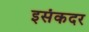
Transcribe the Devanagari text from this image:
इसंकदर